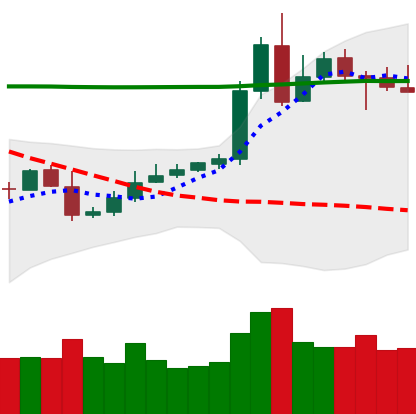
Ticker: XRP-USD
Chart end date: 2020-05-06
Forward return: -9.826%
Label: down_7plus